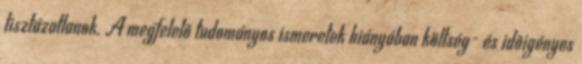
tisztázatlanok. A megfelelõ tudományos ismeretek hiányában költség- és idõigényes